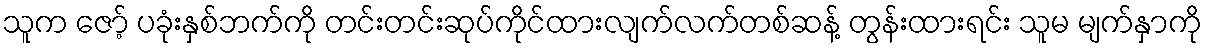
သူက ဇော့် ပခုံးနှစ်ဘက်ကို တင်းတင်းဆုပ်ကိုင်ထားလျက်လက်တစ်ဆန့် တွန်းထားရင်း သူမ မျက်နှာကို